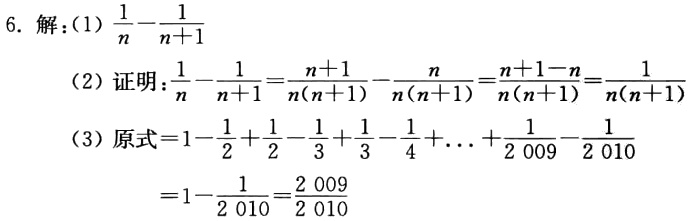
6. 解：
(1) \(\frac{1}{n}-\frac{1}{n + 1}\)
(2) 证明：\(\frac{1}{n}-\frac{1}{n + 1}=\frac{n + 1}{n(n + 1)}-\frac{n}{n(n + 1)}=\frac{n + 1 - n}{n(n + 1)}=\frac{1}{n(n + 1)}\)
(3) 原式\(=1-\frac{1}{2}+\frac{1}{2}-\frac{1}{3}+\frac{1}{3}-\frac{1}{4}+\cdots+\frac{1}{2009}-\frac{1}{2010}\)
\(=1-\frac{1}{2010}=\frac{2009}{2010}\)